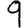
Digit: 9